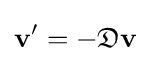
\mathbf {v} '=-{\mathfrak {D}}\mathbf {v}